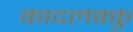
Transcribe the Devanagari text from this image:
कादलक्कु